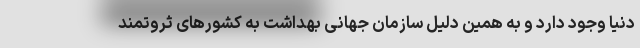
دنیا وجود دارد و به همین دلیل سازمان جهانی بهداشت به کشورهای ثروتمند